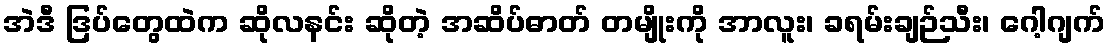
အဲဒီ ဒြပ်တွေထဲက ဆိုလနင်း ဆိုတဲ့ အဆိပ်ဓာတ် တမျိုးကို အာလူး၊ ခရမ်းချဉ်သီး၊ ဂေါ့ဂျက်